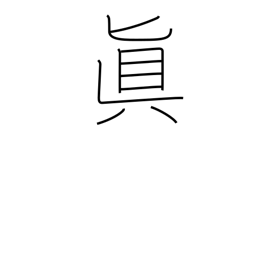
Meaning: Buddhist sect